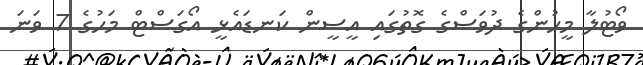
ވޯޓުލާ މީހުންގެ ދުވަސްގެ ގޮތުގައި އީސީން ކަނޑައެޅީ އޯގަސްޓް މަހުގެ 7 ވަނަ